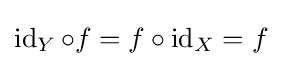
\operatorname {id} _{Y}\circ f=f\circ \operatorname {id} _{X}=f